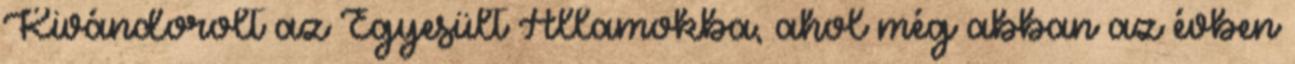
Kivándorolt az Egyesült Államokba, ahol még abban az évben